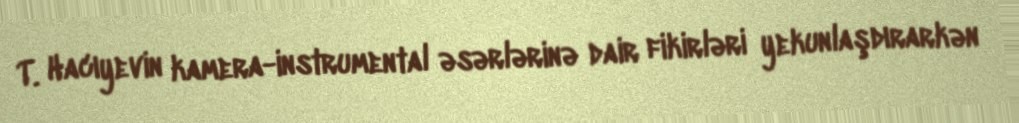
T. Hacıyevin kamera-instrumental əsərlərinə dair fikirləri yekunlaşdırarkən